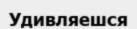
Удивляешся